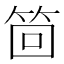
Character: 𮅊